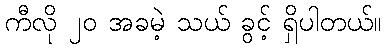
ကီလို ၂၀ အခမဲ့ သယ် ခွင့် ရှိပါတယ်။